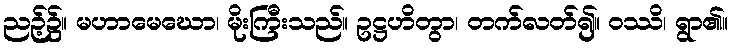
ညဉ့်၌။ မဟာမေဃော၊ မိုးကြီးသည်။ ဥဋ္ဌဟိတွာ၊ တက်လတ်၍။ ဝဿိ၊ ရွာ၏။